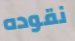
نقوده